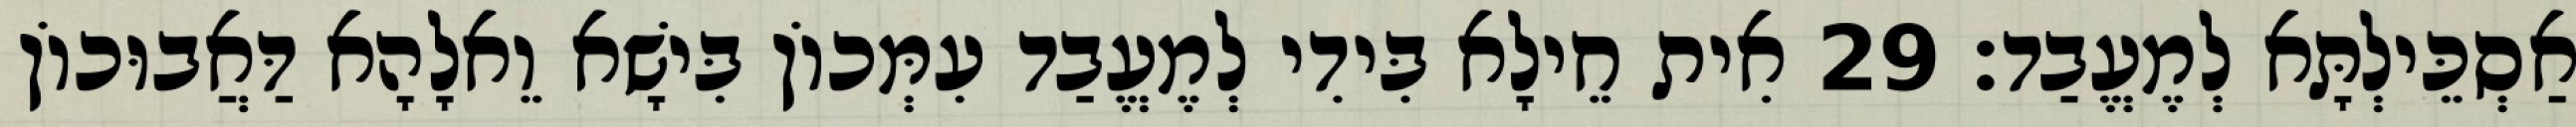
אַסְכֵּילְתָּא לְמֶעֱבַד׃ 29 אִית חֵילָא בִּידִי לְמֶעֱבַד עִמְּכוֹן בִּישָׁא וֵאלָהָא דַּאֲבוּכוֹן